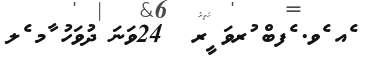
ެއ ެވ. ެފބް ުރވަ ީރ  24ވަނަ ދުވަހު ާމ ެލ